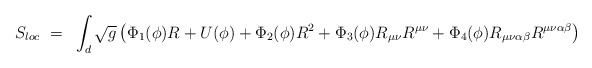
\begin{align*}S_{loc}~=~\int_{d}\sqrt{g}\left(\Phi_1(\phi)R + U(\phi) + \Phi_2(\phi)R^2 + \Phi_3(\phi)R_{\mu\nu}R^{\mu\nu} +\Phi_4(\phi)R_{\mu\nu\alpha\beta}R^{\mu\nu\alpha\beta} \right)\end{align*}